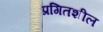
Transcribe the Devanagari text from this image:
प्रगितशील